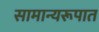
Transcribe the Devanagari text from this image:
सामान्यरूपात